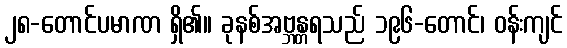
၂၈-တောင်ပမာဏ ရှိ၏။ ခုနစ်အဗ္ဘန္တရသည် ၁၉၆-တောင်၊ ဝန်းကျင်